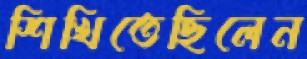
শিখিতেছিলেন